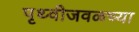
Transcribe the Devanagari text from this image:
पृथ्वीजवळच्या